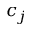
c _ { j }